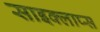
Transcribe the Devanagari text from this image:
साइक्लाप्स